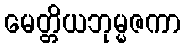
မေတ္တိယဘုမ္မဇကာ